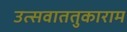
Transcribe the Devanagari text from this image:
उत्सवाततुकाराम